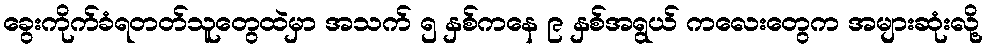
ခွေးကိုက်ခံရတတ်သူတွေထဲမှာ အသက် ၅ နှစ်ကနေ ၉ နှစ်အရွယ် ကလေးတွေက အများဆုံးလို့